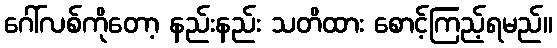
ဂေါ်လစ်ကိုတော့ နည်းနည်း သတိထား စောင့်ကြည့်ရမည်။